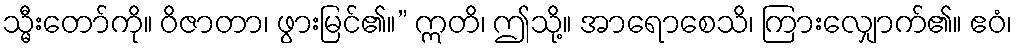
သ္မီးတော်ကို။ ဝိဇာတာ၊ ဖွားမြင်၏။” ဣတိ၊ ဤသို့။ အာရောစေသိ၊ ကြားလျှောက်၏။ ဧဝံ၊